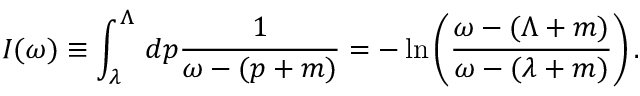
I ( \omega ) \equiv \int _ { \lambda } ^ { \Lambda } \, d p \frac { 1 } { \omega - ( p + m ) } = - \, \mathrm { l n } \left( \frac { \omega - ( \Lambda + m ) } { \omega - ( \lambda + m ) } \right) .